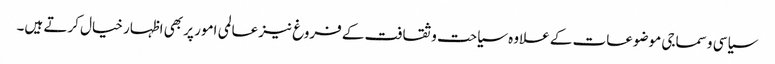
سیاسی و سماجی موضوعات کے علاوہ سیاحت و ثقافت کے فروغ نیز عالمی امور پر بھی اظہار خیال کرتے ہیں۔